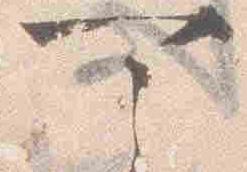
可